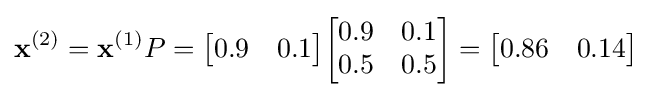
\mathbf {x} ^{(2)}=\mathbf {x} ^{(1)}P={\begin{bmatrix}0.9&0.1\end{bmatrix}}{\begin{bmatrix}0.9&0.1\\0.5&0.5\end{bmatrix}}={\begin{bmatrix}0.86&0.14\end{bmatrix}}